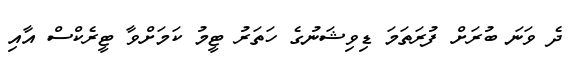
ދެ ވަނަ ބުރަށް ފުރަތަމަ ޑިވިޝަނުގެ ހަތަރު ޓީމު ކަމަށްވާ ޓީރެކްސް އާއި